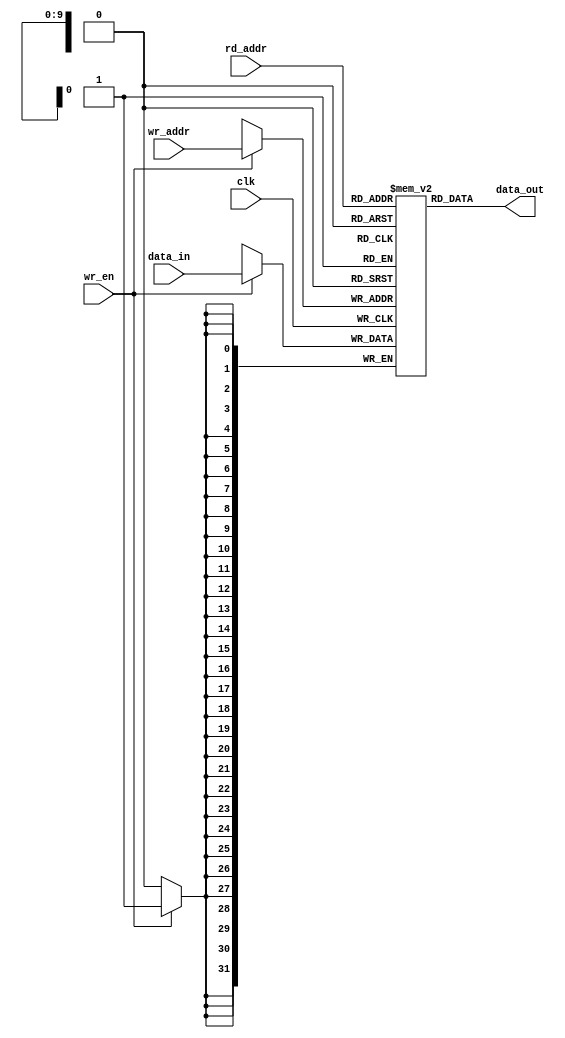
`timescale 1ns / 1ns
///////////////////////////////////////////////////////////////////////////////////////////////////
// Company: MICROSEMI
//
// IP Core: COREAXI4INTERCONNECT
//
//  Description  : The AMBA AXI4 Interconnect core connects one or more AXI memory-mapped master devices to one or
//                 more memory-mapped slave devices. The AMBA AXI protocol supports high-performance, high-frequency
//                 system designs.
//
//  COPYRIGHT 2017 BY MICROSEMI 
//  THE INFORMATION CONTAINED IN THIS DOCUMENT IS SUBJECT TO LICENSING RESTRICTIONS 
//  FROM MICROSEMI CORP.  IF YOU ARE NOT IN POSSESSION OF WRITTEN AUTHORIZATION FROM 
//  MICROSEMI FOR USE OF THIS FILE, THEN THE FILE SHOULD BE IMMEDIATELY DESTROYED AND 
//  NO BACK-UP OF THE FILE SHOULD BE MADE. 
//
//
/////////////////////////////////////////////////////////////////////////////////////////////////// 



module caxi4interconnect_RAM_BLOCK #

	(
		parameter integer	MEM_DEPTH	 = 1024,
		parameter integer	ADDR_WIDTH	 = 10,
		parameter integer	DATA_WIDTH	 = 32,
		parameter integer	MASTER_BCHAN = 0
	)
	(
		input wire clk,

		input wire wr_en,
		input wire [ADDR_WIDTH-1:0] rd_addr,
		input wire [ADDR_WIDTH-1:0] wr_addr,
		input wire [DATA_WIDTH-1:0] data_in,

		output wire [DATA_WIDTH-1:0] data_out
	);

	
	
	
	generate 
	  if(MASTER_BCHAN)
	    begin
	      reg [DATA_WIDTH-1:0] mem [MEM_DEPTH-1:0] /* synthesis syn_ramstyle = "uram" */;
		  
		  assign data_out = mem[rd_addr];
		  
	      always @(posedge clk) 
		    begin
		      if (wr_en) 
			    begin
			      mem[wr_addr] <= data_in;
		        end
	        end
        end		
	  else 
	    begin 
	      reg [DATA_WIDTH-1:0] mem [MEM_DEPTH-1:0];
		  
		  assign data_out = mem[rd_addr];
		  
	      always @(posedge clk) 
		    begin
		      if (wr_en) 
			    begin
			      mem[wr_addr] <= data_in;
		        end
	        end
		end 
	endgenerate
endmodule